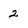
Character: 2